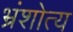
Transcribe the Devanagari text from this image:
भ्रंशोत्य